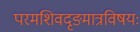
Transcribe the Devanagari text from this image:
परमशिवदृङ्मात्रविषयः